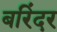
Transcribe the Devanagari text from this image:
बरिंदर